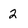
Character: 2